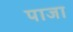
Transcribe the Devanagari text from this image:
पाजा